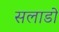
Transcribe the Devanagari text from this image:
सलाडो